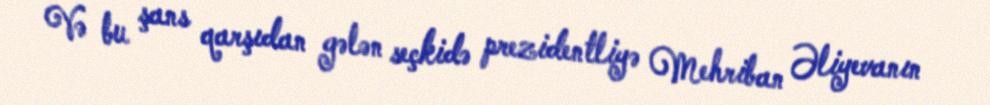
Və bu şans qarşıdan gələn seçkidə prezidentliyə Mehriban Əliyevanın